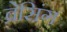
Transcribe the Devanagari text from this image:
ब्रेसिंग